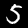
Digit: 5